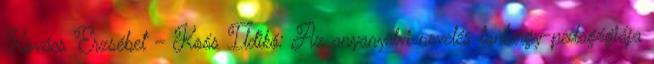
Kovács Erzsébet – Koós Ildikó: Az anyanyelvi nevelés tantárgy-pedagógiája